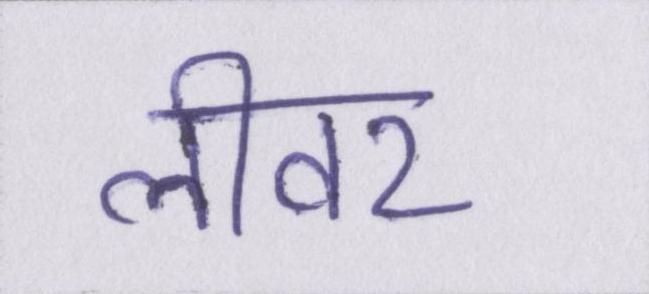
लीवर